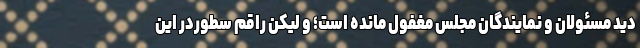
دید مسئولان و نمایندگان مجلس مغفول مانده است؛ و لیکن راقم سطوردر این